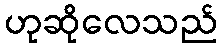
ဟုဆိုလေသည်